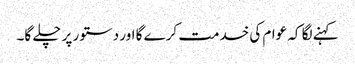
کہنے لگا کہ عوام کی خدمت کرے گا اور دستور پر چلے گا۔